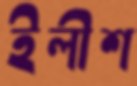
ইলীশ